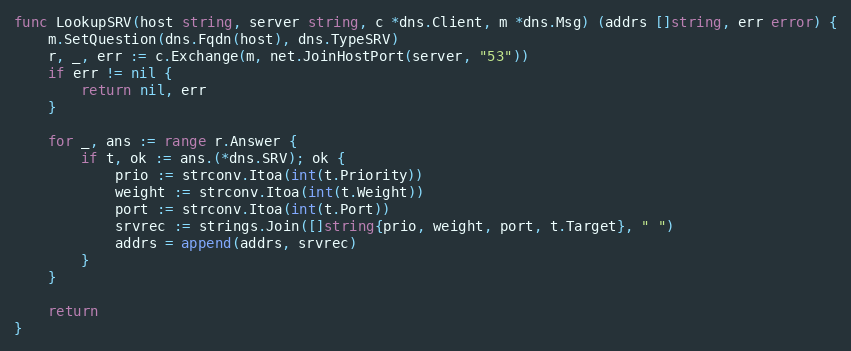
Language: Go
func LookupSRV(host string, server string, c *dns.Client, m *dns.Msg) (addrs []string, err error) {
	m.SetQuestion(dns.Fqdn(host), dns.TypeSRV)
	r, _, err := c.Exchange(m, net.JoinHostPort(server, "53"))
	if err != nil {
		return nil, err
	}

	for _, ans := range r.Answer {
		if t, ok := ans.(*dns.SRV); ok {
			prio := strconv.Itoa(int(t.Priority))
			weight := strconv.Itoa(int(t.Weight))
			port := strconv.Itoa(int(t.Port))
			srvrec := strings.Join([]string{prio, weight, port, t.Target}, " ")
			addrs = append(addrs, srvrec)
		}
	}

	return
}